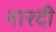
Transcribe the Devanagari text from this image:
नारदी